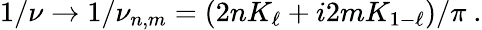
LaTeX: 1/\nu\rightarrow 1/\nu_{n,m}=(2nK_{\ell}+i2mK_{1-\ell})/\pi~.